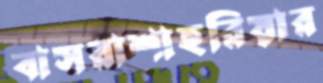
বাসরাশাহরিয়ার